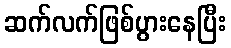
ဆက်လက်ဖြစ်ပွားနေပြီး